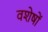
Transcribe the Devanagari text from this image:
वशेषों